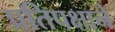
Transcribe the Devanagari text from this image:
प्रतिपक्षाने